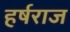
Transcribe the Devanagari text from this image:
हर्षराज